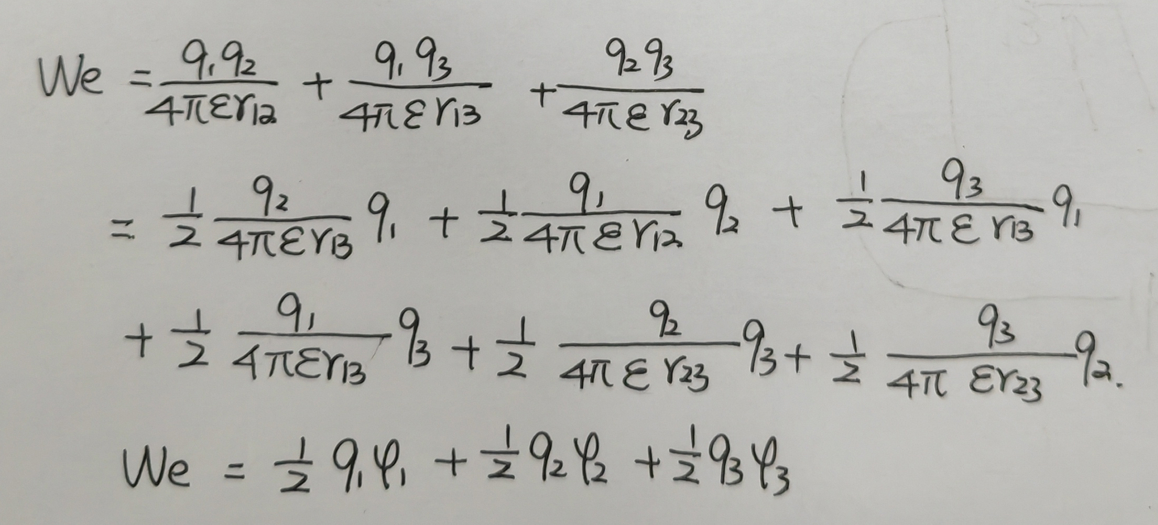
\[
\begin{align*}
W_e&=\frac{q_1q_2}{4\pi\varepsilon r_{12}}+\frac{q_1q_3}{4\pi\varepsilon r_{13}}+\frac{q_2q_3}{4\pi\varepsilon r_{23}}\\
&=\frac{1}{2}\frac{q_2}{4\pi\varepsilon r_{12}}q_1+\frac{1}{2}\frac{q_1}{4\pi\varepsilon r_{12}}q_2+\frac{1}{2}\frac{q_3}{4\pi\varepsilon r_{13}}q_1\\
&+\frac{1}{2}\frac{q_1}{4\pi\varepsilon r_{13}}q_3+\frac{1}{2}\frac{q_2}{4\pi\varepsilon r_{23}}q_3+\frac{1}{2}\frac{q_3}{4\pi\varepsilon r_{23}}q_2\\
W_e&=\frac{1}{2}q_1\varphi_1+\frac{1}{2}q_2\varphi_2+\frac{1}{2}q_3\varphi_3
\end{align*}
\]